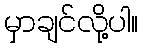
မှာချင်လို့ပါ။